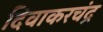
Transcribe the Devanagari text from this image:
दिवाकरचंद्र